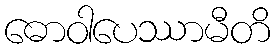
ဓောဝါပေဿာမီတိ